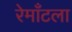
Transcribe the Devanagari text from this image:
रेमाँटला